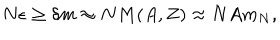
N \epsilon \geq \delta m \approx N M ( A , Z ) \approx N A m _ { N } ,